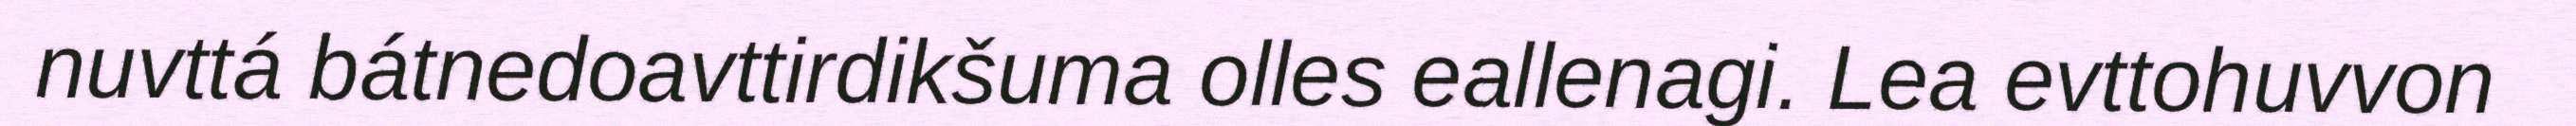
nuvttá bátnedoavttirdikšuma olles eallenagi. Lea evttohuvvon